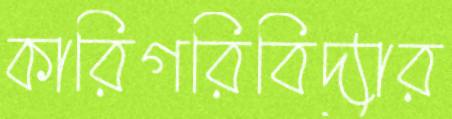
কারিগরিবিদ্যার